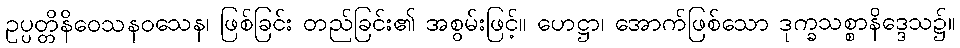
ဥပ္ပတ္တိနိဝေသနဝသေန၊ ဖြစ်ခြင်း တည်ခြင်း၏ အစွမ်းဖြင့်။ ဟေဋ္ဌာ၊ အောက်ဖြစ်သော ဒုက္ခသစ္စာနိဒ္ဒေသ၌။